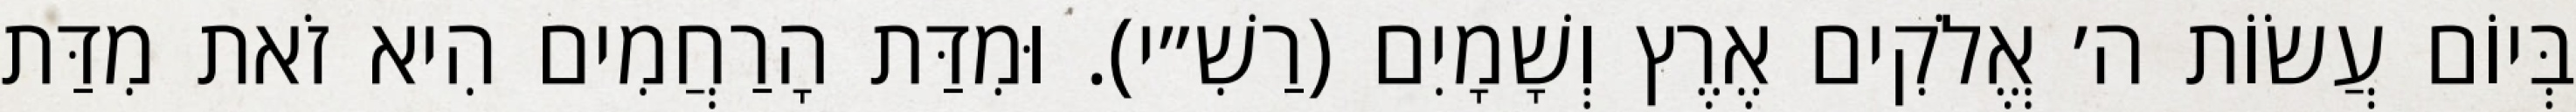
בְּיוֹם עֲשׂוֹת ה׳ אֱלֹקִים אֶרֶץ וְשָׁמָיִם (רַשִׁ״י). וּמִדַּת הָרַחֲמִים הִיא זֹאת מִדַּת